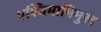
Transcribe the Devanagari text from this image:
पश्‍चिमाभिमुख